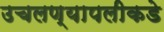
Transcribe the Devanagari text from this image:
उचलण्यापलीकडे